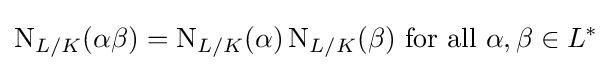
\operatorname {N} _{L/K}(\alpha \beta )=\operatorname {N} _{L/K}(\alpha )\operatorname {N} _{L/K}(\beta ){\text{ for all }}\alpha ,\beta \in L^{*}